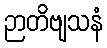
ဉာတိဗျသနံ